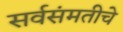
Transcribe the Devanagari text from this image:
सर्वसंमतीचे